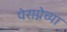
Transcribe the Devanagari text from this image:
पेराग्नेच्या